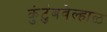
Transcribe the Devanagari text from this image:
कुंटुंबवेल्हाळ